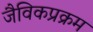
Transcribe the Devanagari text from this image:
जैविकप्रक्रम